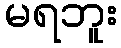
မရဘူး